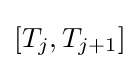
[T_{j},T_{j+1}]